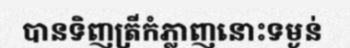
បានទិញត្រីកំភ្លាញនោះទម្ងន់